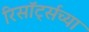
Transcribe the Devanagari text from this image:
रिसॉर्ट्सच्या